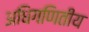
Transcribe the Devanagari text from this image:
अधिगणितीय